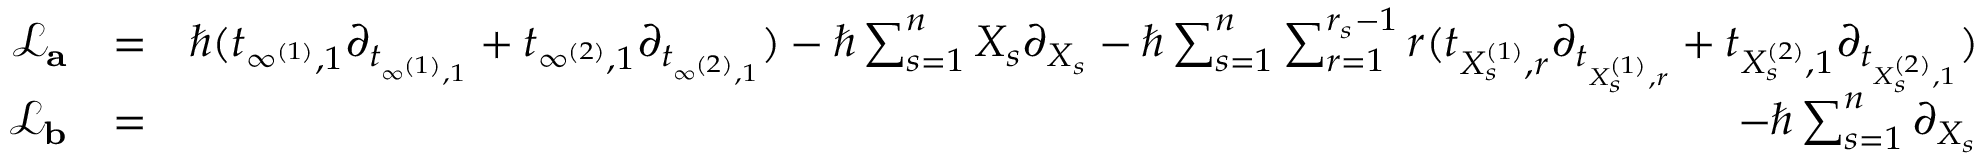
\begin{array} { r l r } { \mathcal { L } _ { \mathbf { a } } } & { = } & { \hbar ( t _ { \infty ^ { ( 1 ) } , 1 } \partial _ { t _ { \infty ^ { ( 1 ) } , 1 } } + t _ { \infty ^ { ( 2 ) } , 1 } \partial _ { t _ { \infty ^ { ( 2 ) } , 1 } } ) - \hbar \sum _ { s = 1 } ^ { n } X _ { s } \partial _ { X _ { s } } - \hbar \sum _ { s = 1 } ^ { n } \sum _ { r = 1 } ^ { r _ { s } - 1 } r ( t _ { X _ { s } ^ { ( 1 ) } , r } \partial _ { t _ { X _ { s } ^ { ( 1 ) } , r } } + t _ { X _ { s } ^ { ( 2 ) } , 1 } \partial _ { t _ { X _ { s } ^ { ( 2 ) } , 1 } } ) } \\ { \mathcal { L } _ { \mathbf { b } } } & { = } & { - \hbar \sum _ { s = 1 } ^ { n } \partial _ { X _ { s } } } \end{array}